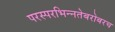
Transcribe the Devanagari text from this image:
परस्‍परभिन्‍नतेबरोबरच